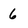
Character: 6